Annual report on the health of the army in India
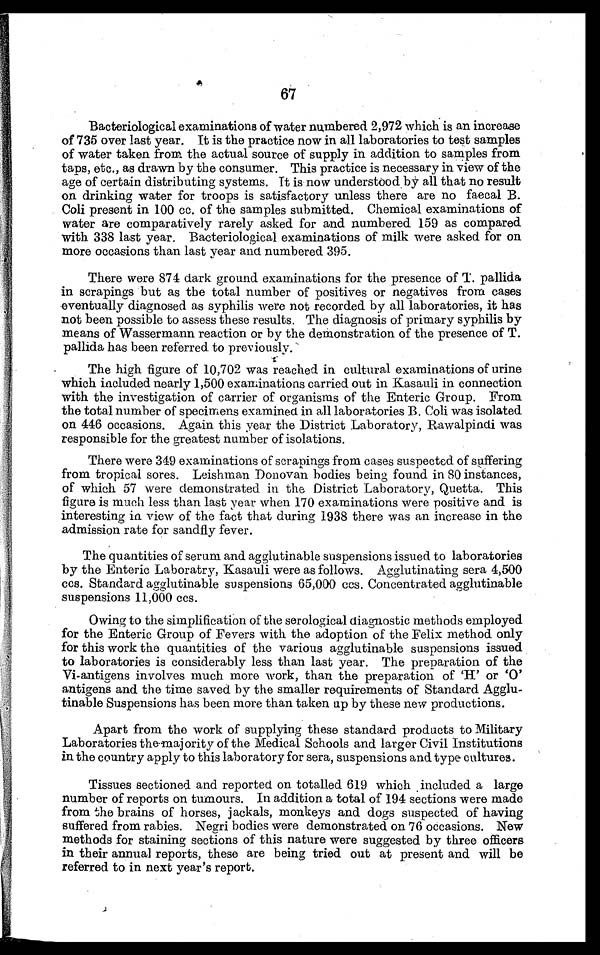
67
Bacteriological examinations of water numbered 2,972 which is an increase
of 735 over last year. It is the practice now in all laboratories to test samples
of water taken from the actual source of supply in addition to samples from
taps, etc., as drawn by the consumer. This practice is necessary in view of the
age of certain distributing systems. It is now understood by all that no result
on drinking water for troops is satisfactory unless there are no faecal B.
Coli present in 100 cc. of the samples submitted. Chemical examinations of
water are comparatively rarely asked for and numbered 159 as compared
with 338 last year. Bacteriological examinations of milk were asked for on
more occasions than last year and numbered 395.
There were 874 dark ground examinations for the presence of T. pallida
in scrapings but as the total number of positives or negatives from cases
eventually diagnosed as syphilis were not recorded by all laboratories, it has
not been possible to assess these results. The diagnosis of primary syphilis by
means of Wassermann reaction or by the demonstration of the presence of T.
pallida has been referred to previously.
The high figure of 10,702 was reached in cultural examinations of urine
which included nearly 1,500 examinations carried out in Kasauli in connection
with the investigation of carrier of organisms of the Enteric Group. From
the total number of specimens examined in all laboratories B. Coli was isolated
on 446 occasions. Again this year the District Laboratory, Rawalpindi was
responsible for the greatest number of isolations.
There were 349 examinations of scrapings from cases suspected of suffering
from tropical sores. Leishman Donovan bodies being found in 80 instances,
of which 57 were demonstrated in the District Laboratory, Quetta. This
figure is much less than last year when 170 examinations were positive and is
interesting in view of the fact that during 1938 there was an increase in the
admission rate for sandfly fever.
The quantities of serum and agglutinable suspensions issued to laboratories
by the Enteric Laboratry, Kasauli were as follows. Agglutinating sera 4,500
ccs. Standard agglutinable suspensions 65,000 ccs. Concentrated agglutinable
suspensions 11,000 ccs.
Owing to the simplification of the serological diagnostic methods employed
for the Enteric Group of Fevers with the adoption of the Felix method only
for this work the quantities of the various agglutinable suspensions issued
to laboratories is considerably less than last year. The preparation of the
Vi-antigens involves much more work, than the preparation of 'H' or 'O'
antigens and the time saved by the smaller requirements of Standard Agglu-
tinable Suspensions has been more than taken up by these new productions.
Apart from the work of supplying these standard products to Military
Laboratories the-majority of the Medical Schools and larger Civil Institutions
in the country apply to this laboratory for sera, suspensions and type cultures.
Tissues sectioned and reported on totalled 619 which included a large
number of reports on tumours. In addition a total of 194 sections were made
from the brains of horses, jackals, monkeys and dogs suspected of having
suffered from rabies. Negri bodies were demonstrated on 76 occasions. New
methods for staining sections of this nature were suggested by three officers
in their annual reports, these are being tried out at present and will be
referred to in next year's report.